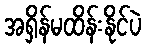
အရှိန်မထိန်းနိုင်ပဲ